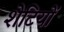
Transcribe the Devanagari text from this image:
शेटियों